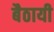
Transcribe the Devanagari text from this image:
बैठायी